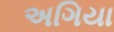
અગિયા